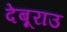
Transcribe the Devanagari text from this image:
देबूराउ